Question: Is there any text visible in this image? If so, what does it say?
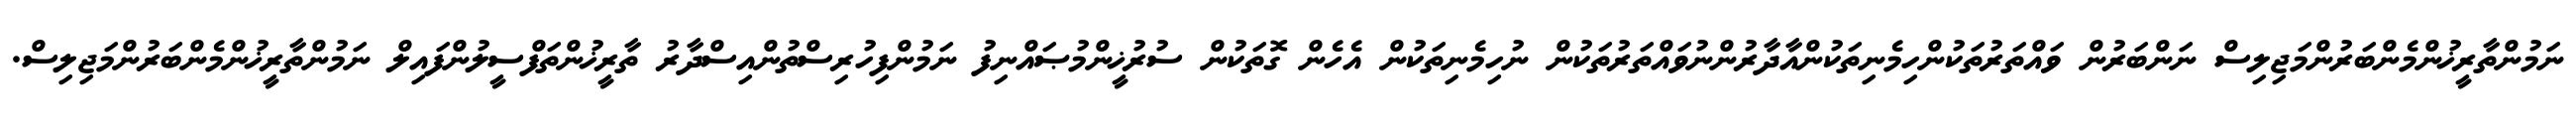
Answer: ނަމުންތާރީޚުންމެންބަރުންމަޖިލިސް ނަންބަރުން ވައްތަރުތަކުންހިމެނިތަކުންއާދާރުންނުވައްތަރުތަކުން ނުހިމެނިތަކުން އެހެން ގޮތަކުން ސުރުޚީންމުޞައްނިފު ނަމުންފިހުރިސްތުންއިސްދާރު ތާރީޚުންތަފްސީލުންފައިލް ނަމުންތާރީޚުންމެންބަރުންމަޖިލިސް.